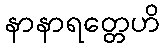
နာနာရတ္တေဟိ